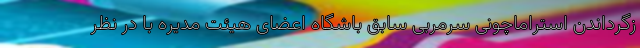
زگرداندن استراماچونی سرمربی سابق باشگاه اعضای هیئت مدیره با در نظر